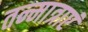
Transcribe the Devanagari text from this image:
तन्मात्राएं